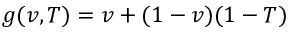
g ( v , T ) = v + ( 1 - v ) ( 1 - T )